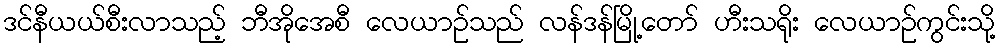
ဒင်နီယယ်စီးလာသည့် ဘီအိုအေစီ လေယာဉ်သည် လန်ဒန်မြို့တော် ဟီးသရိုး လေယာဉ်ကွင်းသို့